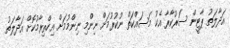
އަދާލަތު ޕާޓީން ސަރުކާރާ އެކު މަސައްކަތް ނުކުރުމަށް ނިންމި ނިންމުމަށް އިހްތިރާމުކޮށް އަދާލަތު